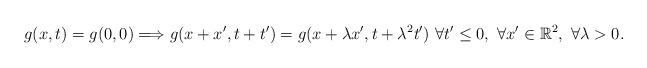
LaTeX: \begin{align*}g(x,t)=g(0,0) \Longrightarrow g(x+x', t+t')=g(x+\lambda x',t+\lambda^2 t')\ \forall t'\leq 0, \ \forall x'\in {\mathbb R}^2, \ \forall \lambda>0.\end{align*}